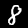
Label: 8